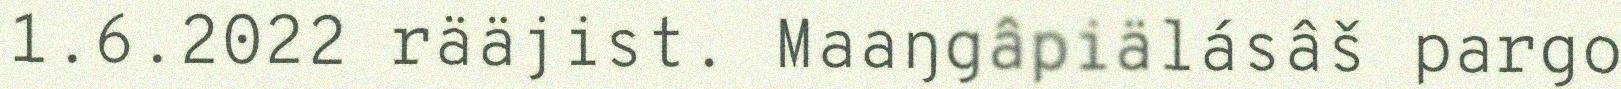
1.6.2022 rääjist. Maaŋgâpiälásâš pargo